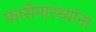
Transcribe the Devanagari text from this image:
फासेपारध्यांना